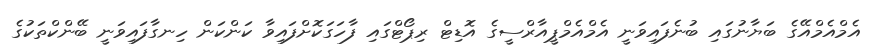
އެމްއެމްއޭގެ ބަޔާނުގައި ބުނެފައިވަނީ އެމްއެމްޕީއާރްސީގެ އޮޑިޓް ރިޕޯޓްގައި ފާހަގަކޮށްފައިވާ ކަންކަން ހިނގާފައިވަނީ ބޭންކްތަކުގެ